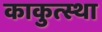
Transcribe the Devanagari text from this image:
काकुत्स्था